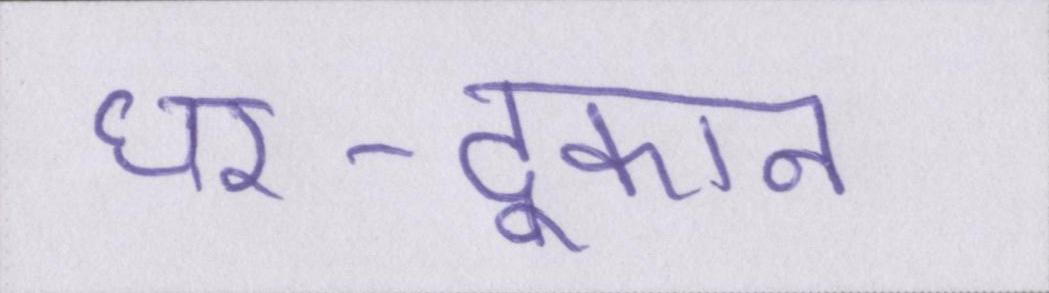
घर-दूकान